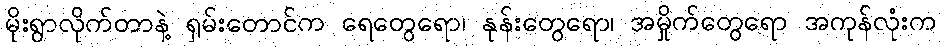
မိုးရွာလိုက်တာနဲ့ ရှမ်းတောင်က ရေတွေရော၊ နုန်းတွေရော၊ အမှိုက်တွေရော အကုန်လုံးက